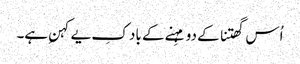
اُس گھتنا کے دو مہِنے کے باد کِ یے کہنِ ہے۔